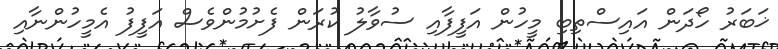
ޚަބަރު ހޯދަން އައިސްތިބި މީހުން އަފީފާއި ސުވާލު ކުރަން ފެށުމުންވެސް އަފީފު އެމީހުންނާއި